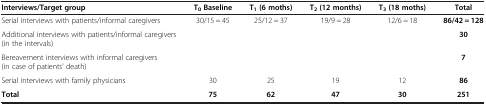
<table><thead><tr><td><b>Interviews/Target group</b></td><td><b>T<sub>0 </sub>Baseline</b></td><td><b>T<sub>1 </sub>(6 moths)</b></td><td><b>T<sub>2 </sub>(12 months)</b></td><td><b>T<sub>3 </sub>(18 moths)</b></td><td><b>Total</b></td></tr></thead><tbody><tr><td>Serial interviews with patients/informal caregivers</td><td>30/15 = 45</td><td>25/12 = 37</td><td>19/9 = 28</td><td>12/6 = 18</td><td><b>86/42 = 128</b></td></tr><tr><td>Additional interviews with patients/informal caregivers (in the intervals)</td><td> </td><td> </td><td> </td><td> </td><td><b>30</b></td></tr><tr><td>Bereavement interviews with informal caregivers (in case of patients&#x27; death)</td><td> </td><td> </td><td> </td><td> </td><td><b>7</b></td></tr><tr><td>Serial interviews with family physicians</td><td>30</td><td>25</td><td>19</td><td>12</td><td><b>86</b></td></tr><tr><td><b>Total</b></td><td><b>75</b></td><td><b>62</b></td><td><b>47</b></td><td><b>30</b></td><td><b>251</b></td></tr></tbody></table>